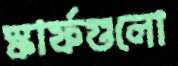
স্কার্ফগুলো